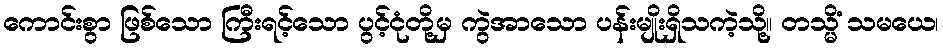
ကောင်းစွာ ဖြစ်သော ကြီးရင့်သော ပွင့်ငုံတို့မှ ကွဲအာသော ပန်းမျိုးရှိသကဲ့သို့။ တသ္မိံ သမယေ၊